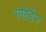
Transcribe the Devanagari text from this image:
लोडेन